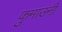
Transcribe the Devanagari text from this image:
कुमाउंनी